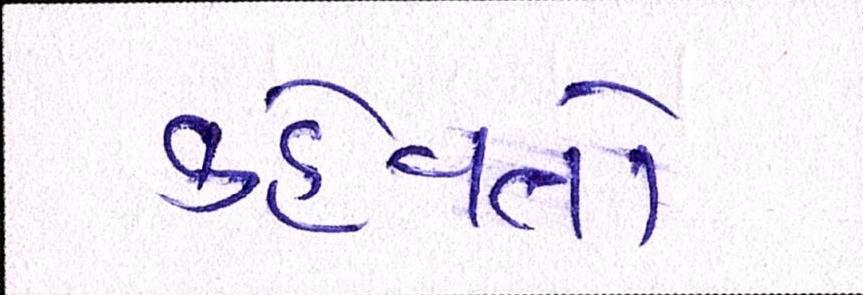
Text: કહેવતો